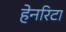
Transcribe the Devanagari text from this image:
हेनरिटा